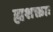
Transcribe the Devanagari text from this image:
ह्यशक्ताः